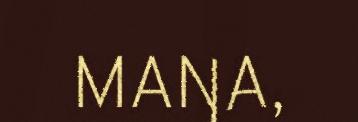
MAŊA,